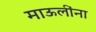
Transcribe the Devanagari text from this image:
माऊलींना